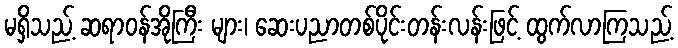
မရှိသည့် ဆရာဝန်အိုကြီး များ၊ ဆေးပညာတစ်ပိုင်းတန်းလန်းဖြင့် ထွက်လာကြသည့်